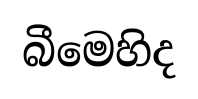
බීමෙහිද